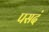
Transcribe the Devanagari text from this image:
पसदं